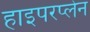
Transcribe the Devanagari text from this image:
हाइपरप्लेन